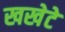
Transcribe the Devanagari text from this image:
खखेटे